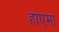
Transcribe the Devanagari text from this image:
हाएमा